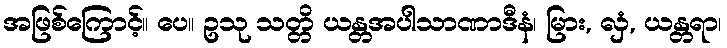
အဖြစ်ကြောင့်။ ပေ။ ဥသု သတ္တိ ယန္တအပါသာဏာဒီနံ၊ မြား, လှံ, ယန္တရာ၊